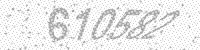
Solution: 610582